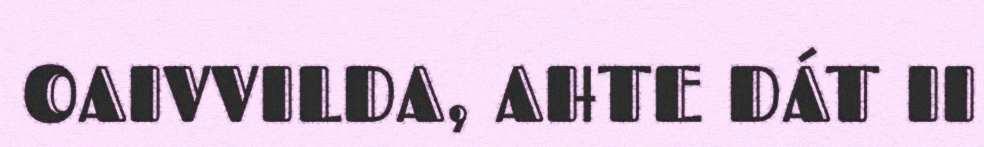
OAIVVILDA, AHTE DÁT II